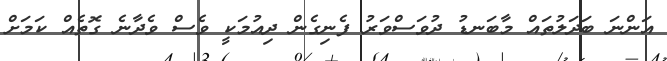
އަންނަ ބަދަލުތައް މާބަނޑު ދުވަސްވަރު ފެނިގެން ދިއުމަކީ ވެސް ވެދާނެ ގޮތެއް ކަމަށް